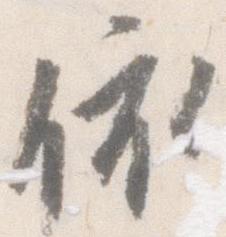
依